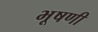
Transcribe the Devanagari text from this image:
भूषणी